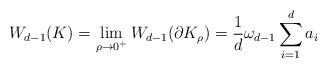
LaTeX: \begin{align*}W_{d-1}(K)=\lim_{\rho \rightarrow 0^+} W_{d-1}(\partial K_{\rho})= \frac{1}{d}\omega_{d-1}\sum_{i=1}^da_i\end{align*}